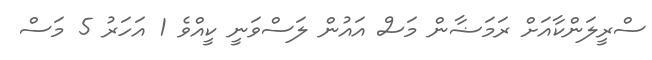
ސްރީލަންކާއަށް ރަމަޟާން މަސް އައުން ލަސްވަނީ ކީއްވެ 1 އަހަރު 5 މަސް